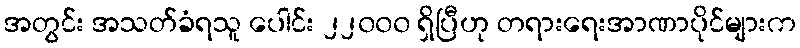
အတွင်း အသတ်ခံရသူ ပေါင်း ၂၂၀၀၀ ရှိပြီဟု တရားရေးအာဏာပိုင်များက